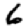
Digit: 6